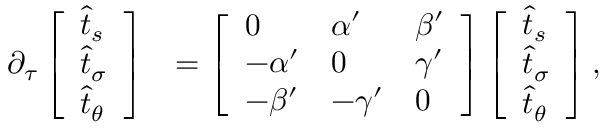
\begin{array} { r l } { \partial _ { \tau } \left[ \begin{array} { l } { \widehat { t } _ { s } } \\ { \widehat { t } _ { \sigma } } \\ { \widehat { t } _ { \theta } } \end{array} \right] } & { = \left[ \begin{array} { l l l } { 0 } & { \alpha ^ { \prime } } & { \beta ^ { \prime } } \\ { - \alpha ^ { \prime } } & { 0 } & { \gamma ^ { \prime } } \\ { - \beta ^ { \prime } } & { - \gamma ^ { \prime } } & { 0 } \end{array} \right] \left[ \begin{array} { l } { \widehat { t } _ { s } } \\ { \widehat { t } _ { \sigma } } \\ { \widehat { t } _ { \theta } } \end{array} \right] , } \end{array}